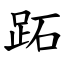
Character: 跖